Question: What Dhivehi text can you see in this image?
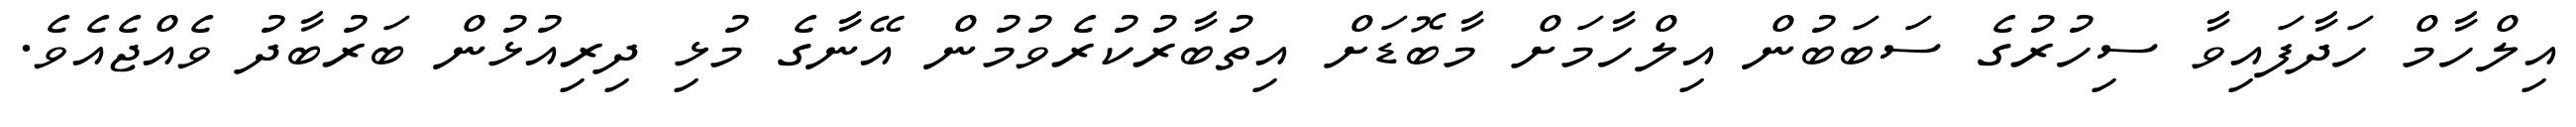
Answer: އިލްހާމް ހަދާފައިވާ ސިހުރުގެ ސަބަބުން އިލްހާމަށް މާބޮޑަށް އިތުބާރުކުރެވުމުން އޭނާގެ މުޅި ދިރިއުޅުން ބަރުބާދު ވެއްޖެއެވެ.